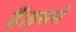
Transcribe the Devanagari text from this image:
हैं।इससे